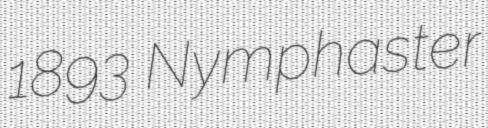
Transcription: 1893 Nymphaster